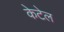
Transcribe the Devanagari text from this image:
केटेल